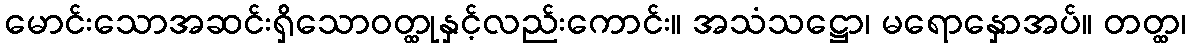
မောင်းသောအဆင်းရှိသောဝတ္ထုနှင့်လည်းကောင်း။ အသံသဋ္ဌော၊ မရောနှောအပ်။ တတ္ထ၊